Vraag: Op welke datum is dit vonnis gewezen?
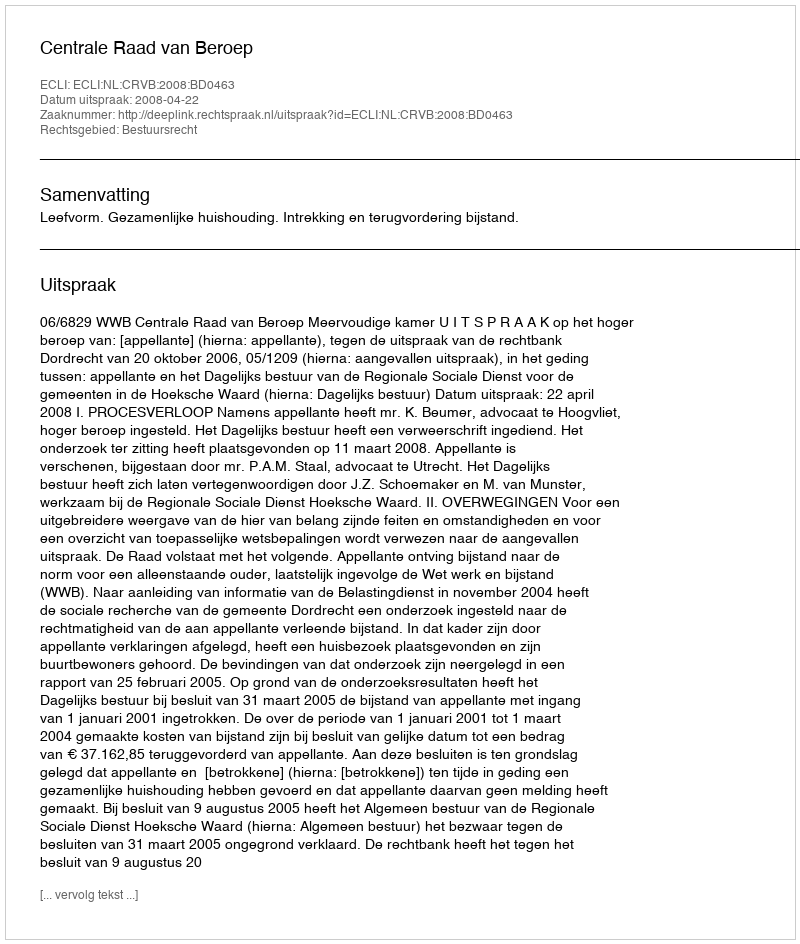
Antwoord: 2008-04-22